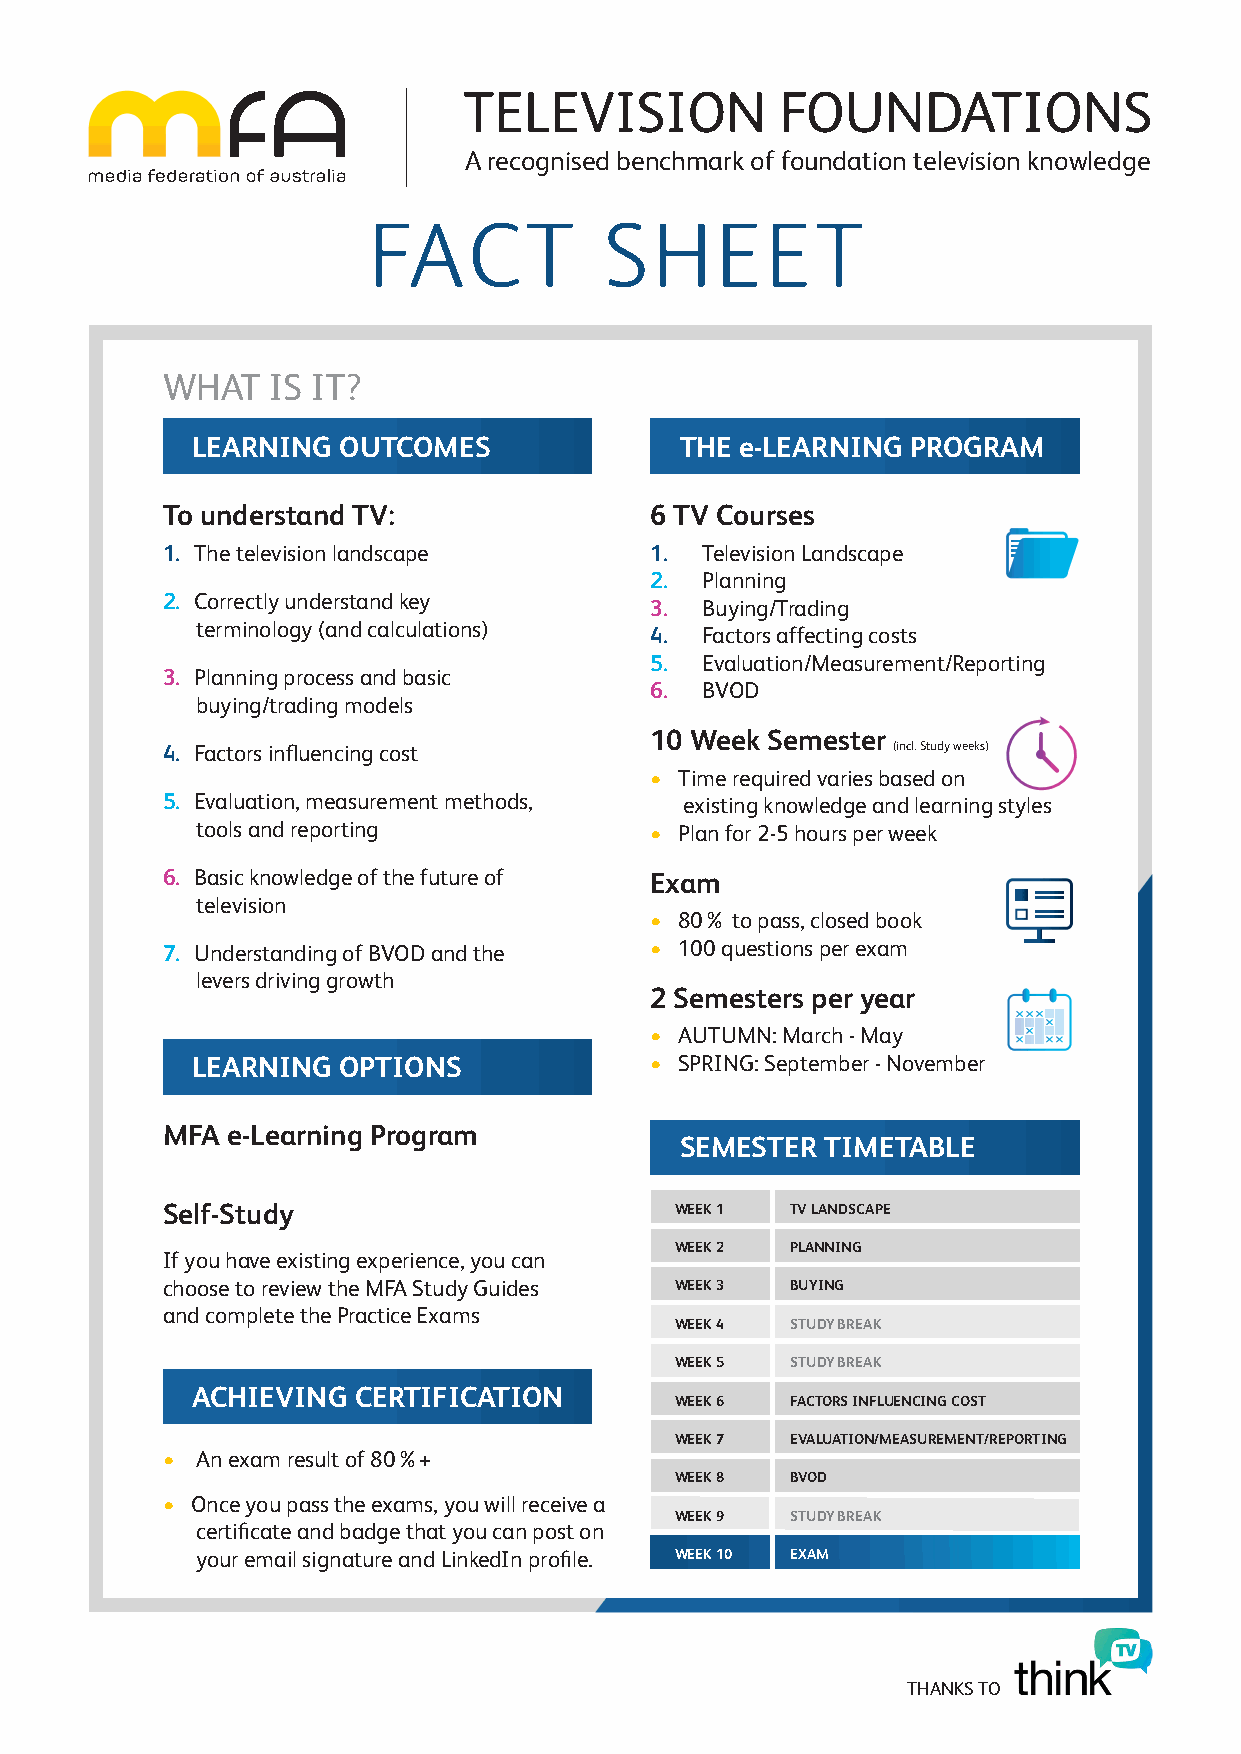
TELEVISION           FOUNDATIONS
 A recognised benchmark of foundation television knowledge
 FACT            SHEET
 WHAT   IS IT?
 LEARNING OUTCOMES               THE e-LEARNING PROGRAM
 To understand TV:               6 TV Courses
 1. The television landscape     1. Television Landscape
 2. Planning
 2. Correctly understand key     3. Buying/Trading
 terminology (and calculations)
 4. Factors affecting costs
 5. Evaluation/Measurement/Reporting
 3. Planning process and basic
 6. BVOD
 buying/trading models
 10 Week Semester
 4. Factors influencing cost                     (incl. Study weeks)
 • Time required varies based on
 5. Evaluation, measurement methods, existing knowledge and learning styles
 tools and reporting           • Plan for 2-5 hours per week
 6. Basic knowledge of the future of Exam
 television
 • 80% to pass, closed book
 7. Understanding of BVOD and the • 100 questions per exam
 levers driving growth
 2 Semesters per year
 • AUTUMN: March - May
 LEARNING OPTIONS              • SPRING: September - November
 MFA e-Learning Program
 SEMESTER  TIMETABLE
 Self-Study                        WEEK 1 TV LANDSCAPE
 WEEK 2 PLANNING
 If you have existing experience, you can
 choose to review the MFA Study Guides WEEK 3 BUYING
 and complete the Practice Exams
 WEEK 4 STUDY BREAK
 WEEK 5 STUDY BREAK
 ACHIEVING CERTIFICATION
 WEEK 6 FACTORS INFLUENCING COST
 WEEK 7 EVALUATION/MEASUREMENT/REPORTING
 • An exam result of 80%+
 WEEK 8 BVOD
 • Once you pass the exams, you will receive a
 WEEK 9 STUDY BREAK
 certificate and badge that you can post on
 your email signature and LinkedIn profile. WEEK 10 EXAM
 THANKS TO